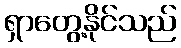
ရှာတွေ့နိုင်သည်